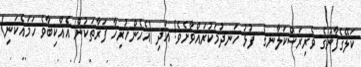
ކަލޭގެފާނުގެ ވެރިރަސްކަލާނގެ  ފުޅު ހަނދުމަކުރައްވާށެވެ! އަދި (އެހެންހުރިހާ ފަރާތަކުން އެއްކިބާވެ ހަމައެކަނި)